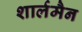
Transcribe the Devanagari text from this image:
शार्लमैन